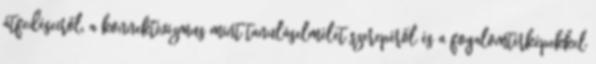
átfedéseiről, a konnektivizmus mint tanuláselmélet szerepéről és a fogalomtérképekkel